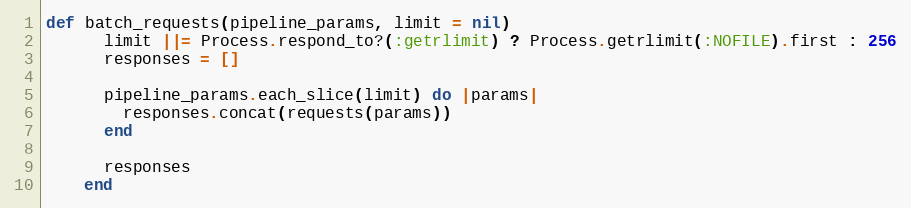
Language: Ruby
def batch_requests(pipeline_params, limit = nil)
      limit ||= Process.respond_to?(:getrlimit) ? Process.getrlimit(:NOFILE).first : 256
      responses = []

      pipeline_params.each_slice(limit) do |params|
        responses.concat(requests(params))
      end

      responses
    end